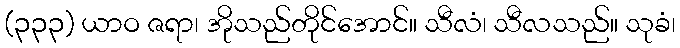
(၃၃၃) ယာဝ ဇရာ၊ အိုသည်တိုင်အောင်။ သီလံ၊ သီလသည်။ သုခံ၊